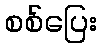
စစ်ပြေး